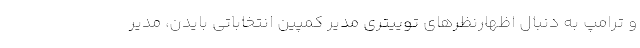
و ترامپ به دنبال اظهارنظرهای توییتری مدیر کمپین انتخاباتی بایدن، مدیر